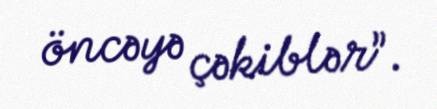
öncəyə çəkiblər”.